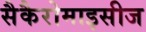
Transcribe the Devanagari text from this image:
सैकैरोमाइसीज